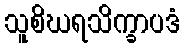
သူစိဃရသိက္ခာပဒံ